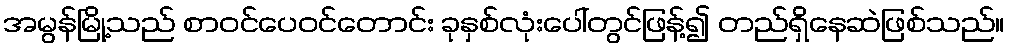
အမွန်မြို့သည် စာဝင်ပေဝင်တောင်း ခုနှစ်လုံးပေါ်တွင်ဖြန့်၍ တည်ရှိနေဆဲဖြစ်သည်။